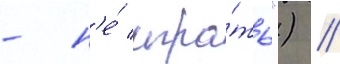
- н'е́ игра́ть") //